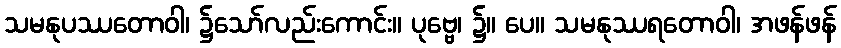
သမနုပဿတောဝါ၊ ၌သော်လည်းကောင်း။ ပုဗ္ဗေ၊ ၌။ ပေ။ သမနုဿရတောဝါ၊ အဖန်ဖန်